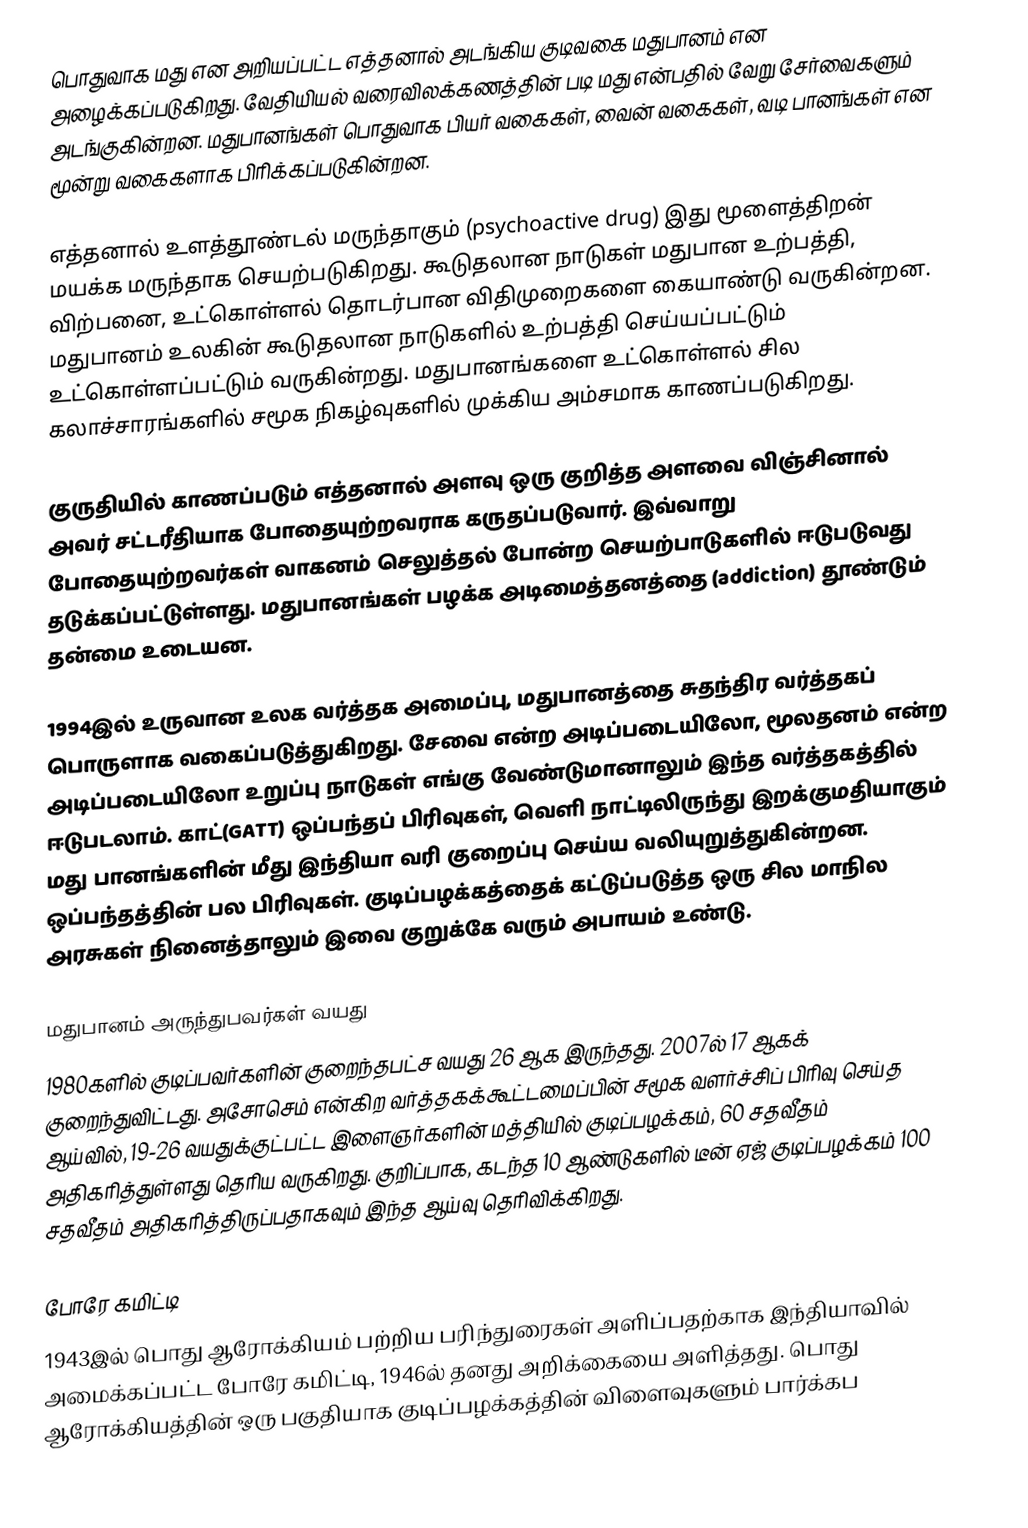
பொதுவாக மது என அறியப்பட்ட எத்தனால் அடங்கிய குடிவகை மதுபானம் என அழைக்கப்படுகிறது. வேதியியல் வரைவிலக்கணத்தின் படி மது என்பதில் வேறு சேர்வைகளும் அடங்குகின்றன. மதுபானங்கள் பொதுவாக பியர் வகைகள், வைன் வகைகள், வடி பானங்கள் என மூன்று வகைகளாக பிரிக்கப்படுகின்றன.

எத்தனால் உளத்தூண்டல் மருந்தாகும் (psychoactive drug) இது மூளைத்திறன் மயக்க மருந்தாக செயற்படுகிறது. கூடுதலான நாடுகள் மதுபான உற்பத்தி, விற்பனை, உட்கொள்ளல் தொடர்பான விதிமுறைகளை கையாண்டு வருகின்றன. மதுபானம் உலகின் கூடுதலான நாடுகளில் உற்பத்தி செய்யப்பட்டும் உட்கொள்ளப்பட்டும் வருகின்றது. மதுபானங்களை உட்கொள்ளல் சில கலாச்சாரங்களில் சமூக நிகழ்வுகளில் முக்கிய அம்சமாக காணப்படுகிறது.

குருதியில் காணப்படும் எத்தனால் அளவு ஒரு குறித்த அளவை விஞ்சினால் அவர் சட்டரீதியாக போதையுற்றவராக கருதப்படுவார். இவ்வாறு போதையுற்றவர்கள் வாகனம் செலுத்தல் போன்ற செயற்பாடுகளில் ஈடுபடுவது தடுக்கப்பட்டுள்ளது. மதுபானங்கள் பழக்க அடிமைத்தனத்தை (addiction) தூண்டும் தன்மை உடையன.

1994இல் உருவான உலக வர்த்தக அமைப்பு, மதுபானத்தை சுதந்திர வர்த்தகப் பொருளாக வகைப்படுத்துகிறது. சேவை என்ற அடிப்படையிலோ, மூலதனம் என்ற அடிப்படையிலோ உறுப்பு நாடுகள் எங்கு வேண்டுமானாலும் இந்த வர்த்தகத்தில் ஈடுபடலாம். காட்(GATT) ஒப்பந்தப் பிரிவுகள், வெளி நாட்டிலிருந்து இறக்குமதியாகும் மது பானங்களின் மீது இந்தியா வரி குறைப்பு செய்ய வலியுறுத்துகின்றன. ஒப்பந்தத்தின் பல பிரிவுகள். குடிப்பழக்கத்தைக் கட்டுப்படுத்த ஒரு சில மாநில அரசுகள் நினைத்தாலும் இவை குறுக்கே வரும் அபாயம் உண்டு.

மதுபானம் அருந்துபவர்கள் வயது
1980களில் குடிப்பவர்களின் குறைந்தபட்ச வயது 26 ஆக இருந்தது. 2007ல் 17 ஆகக் குறைந்துவிட்டது. அசோசெம் என்கிற வர்த்தகக்கூட்டமைப்பின் சமூக வளர்ச்சிப் பிரிவு செய்த ஆய்வில், 19-26 வயதுக்குட்பட்ட இளைஞர்களின் மத்தியில் குடிப்பழக்கம், 60 சதவீதம் அதிகரித்துள்ளது தெரிய வருகிறது. குறிப்பாக, கடந்த 10 ஆண்டுகளில் டீன் ஏஜ் குடிப்பழக்கம் 100 சதவீதம் அதிகரித்திருப்பதாகவும் இந்த ஆய்வு தெரிவிக்கிறது.

போரே கமிட்டி
1943இல் பொது ஆரோக்கியம் பற்றிய பரிந்துரைகள் அளிப்பதற்காக இந்தியாவில் அமைக்கப்பட்ட போரே கமிட்டி, 1946ல் தனது அறிக்கையை அளித்தது. பொது ஆரோக்கியத்தின் ஒரு பகுதியாக குடிப்பழக்கத்தின் விளைவுகளும் பார்க்கப